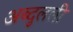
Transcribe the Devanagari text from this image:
अब्दुलली